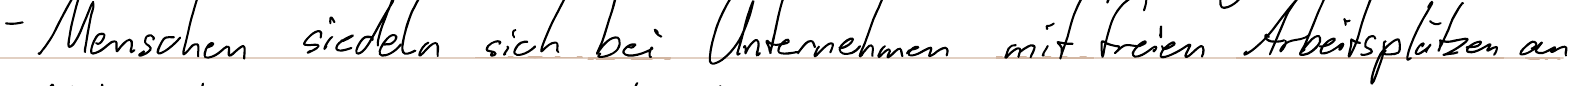
- Menschen siedeln sich bei Unternehmen mit freien Arbeitsplätzen an